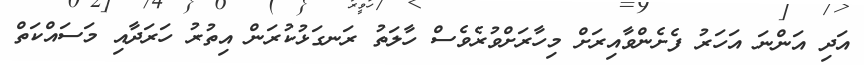
އަދި އަންނަ އަހަރު ފެށެންވާއިރަށް މިހާރަށްވުރެވެސް ހާލަތު ރަނގަޅުކުރަން އިތުރު ހަރަދާއި މަސައްކަތް